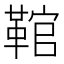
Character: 䩪